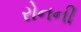
રોનની